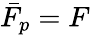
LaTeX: \bar{F}_{p}=F